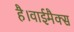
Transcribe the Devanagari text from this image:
है।वाईमैक्स